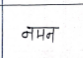
मजकूर: नमन